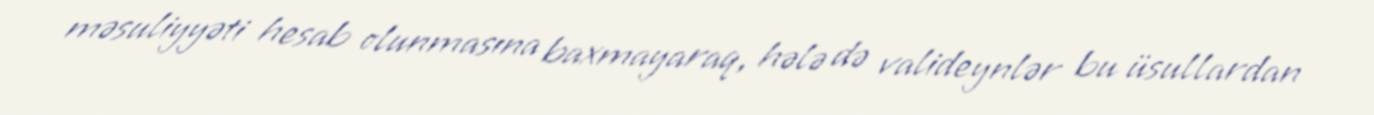
məsuliyyəti hesab olunmasına baxmayaraq, hələ də valideynlər bu üsullardan